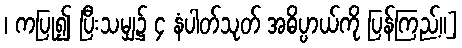
၊ ကပြု၍ ပြီးသမျှ၌ ၄ နံပါတ်သုတ် အဓိပ္ပာယ်ကို ပြန်ကြည့်။]